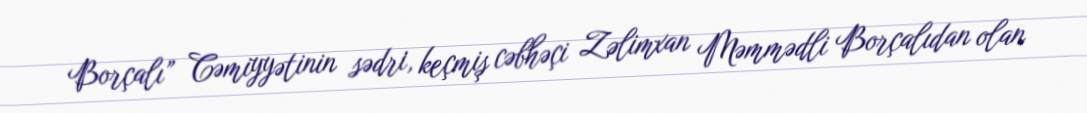
Borçalı” Cəmiyyətinin sədri, keçmiş cəbhəçi Zəlimxan Məmmədli Borçalıdan olan